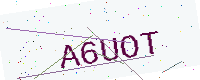
Text: A6UOT